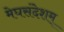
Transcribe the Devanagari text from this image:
मेघसंदेशम्